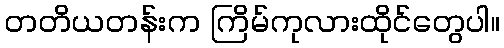
တတိယတန်းက ကြိမ်ကုလားထိုင်တွေပါ။